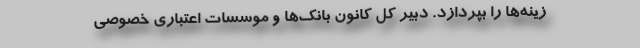
زینه‌ها را بپردازد. دبیر کل کانون بانک‌ها و موسسات اعتباری خصوصی